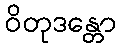
ဝိတုဒန္တော